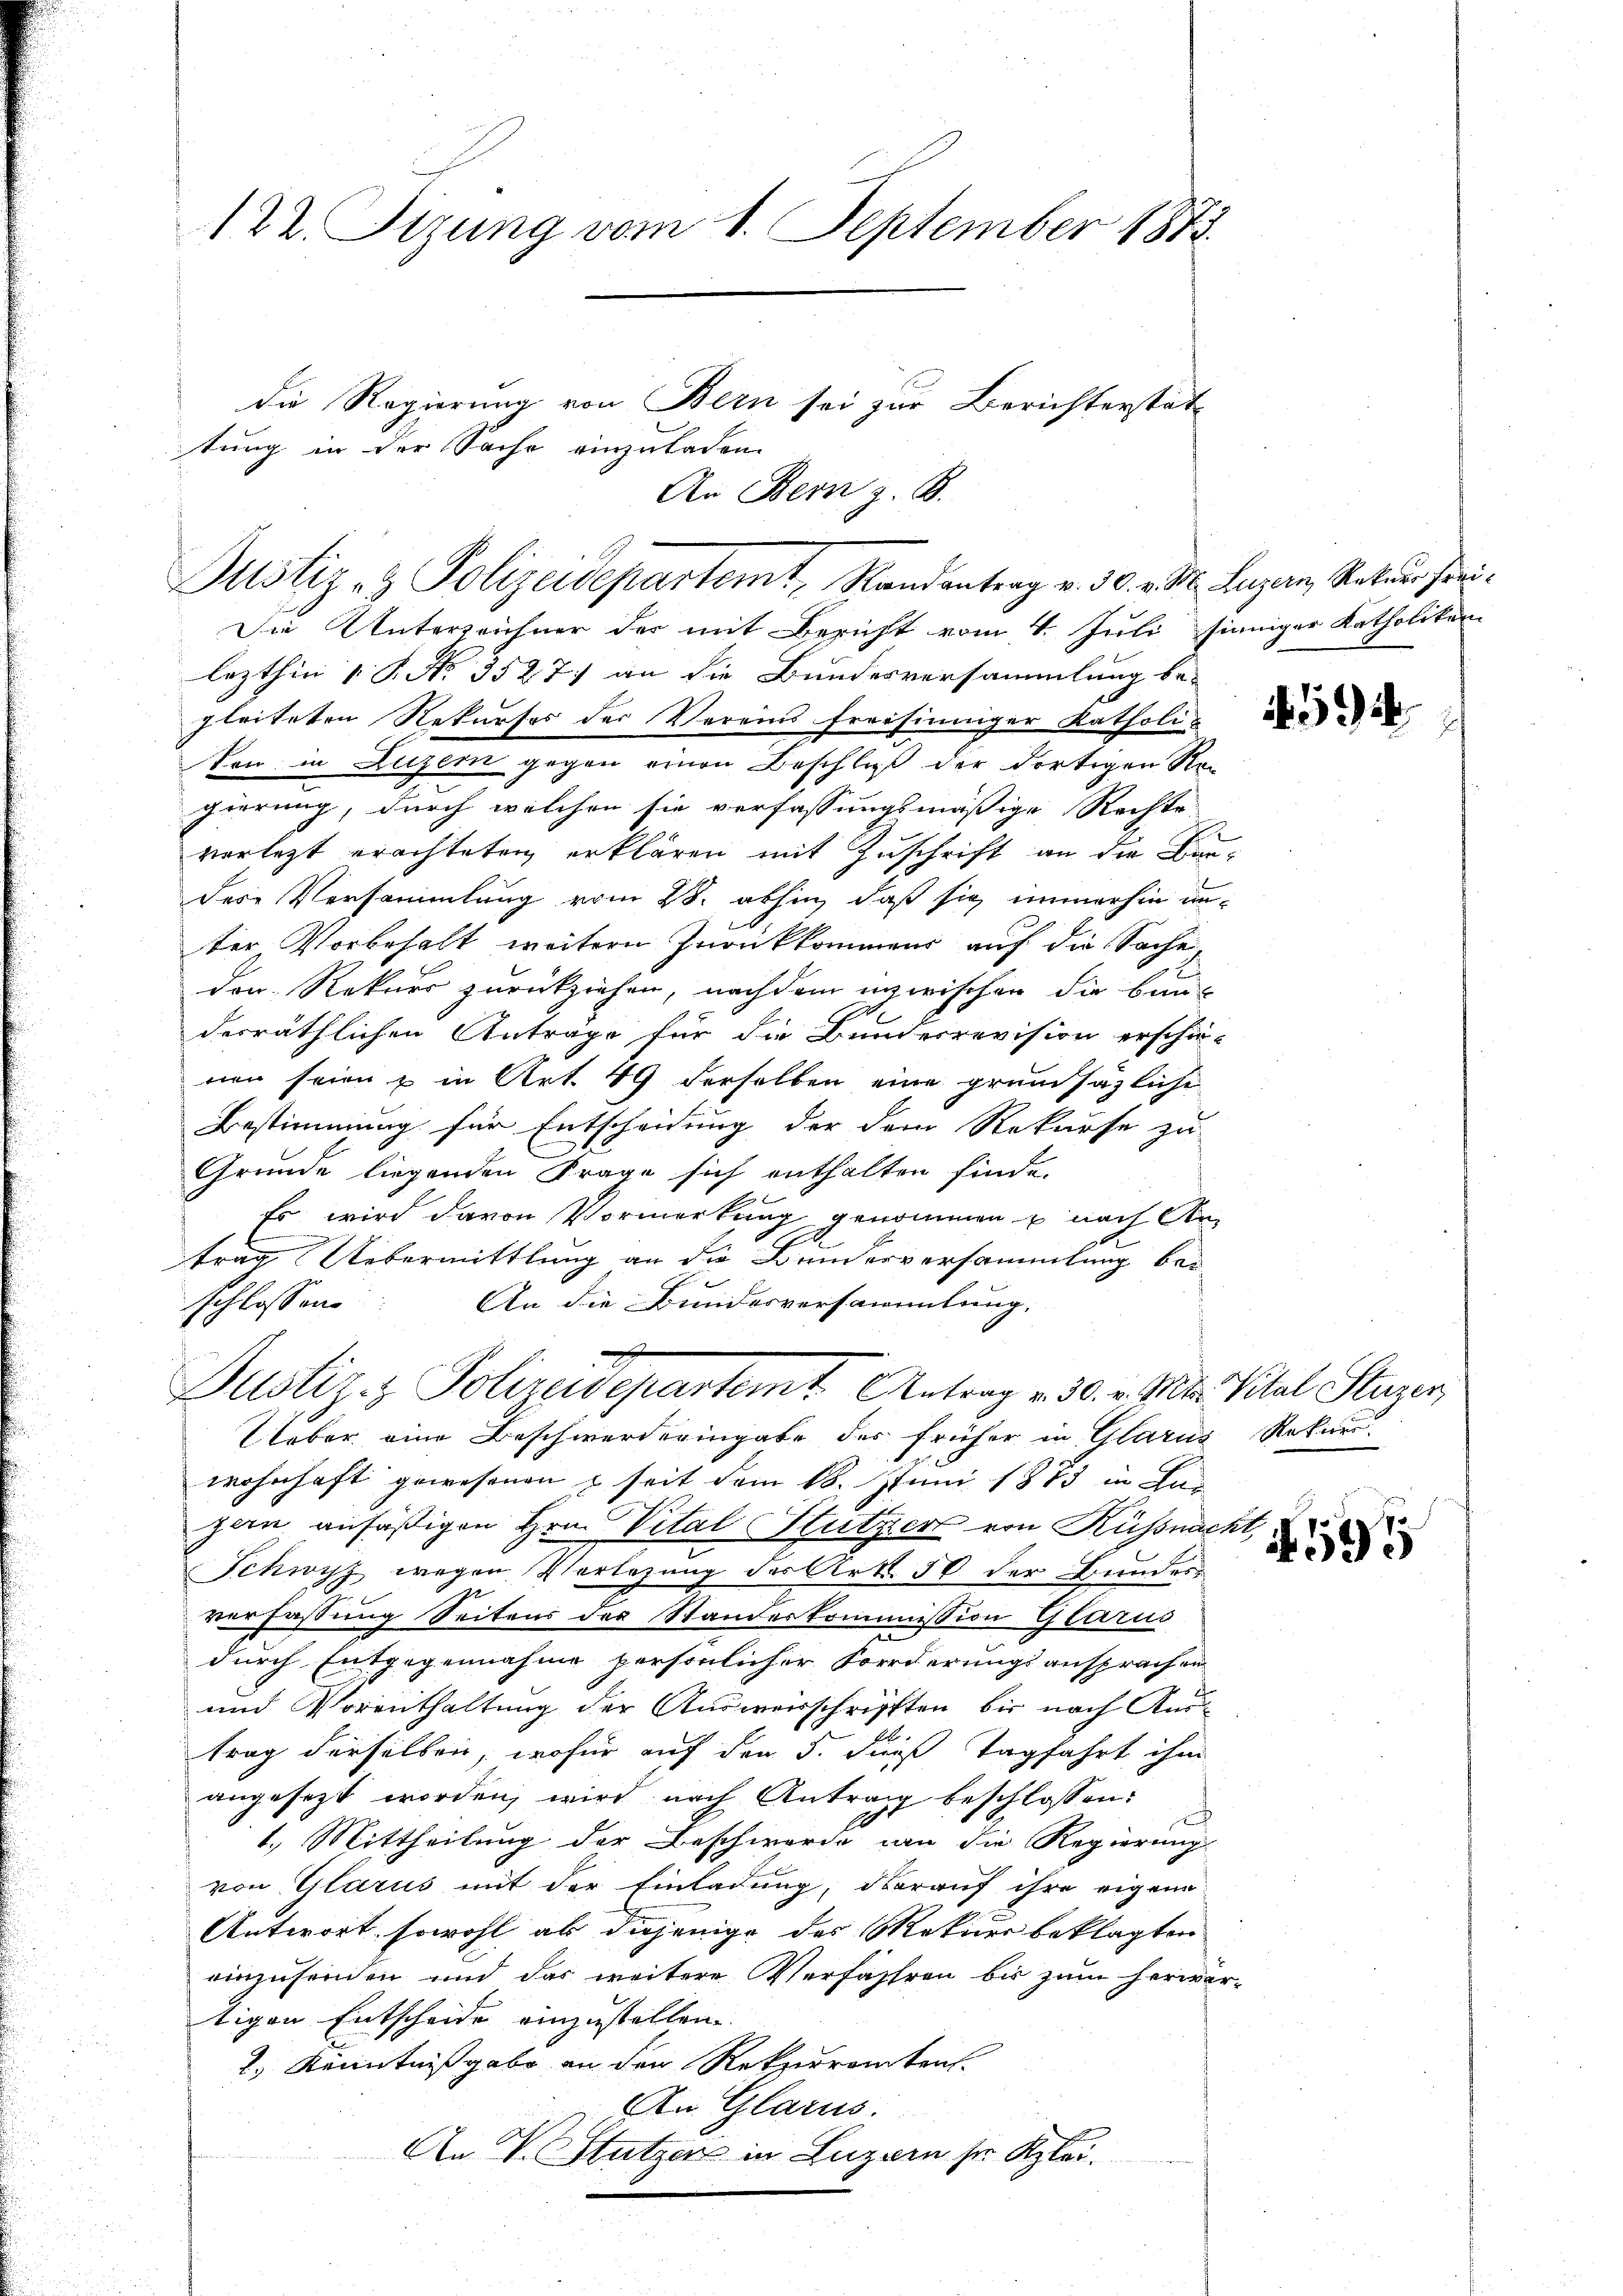
122. Sizung vom 1. September 1872.

tung in der Sache einzuladen.

die Regierung von Bern sei zur Berichterstat-
An Bern z. B.

Die Unterzeichner der mit Bericht vom 4. Juli sinniger Katholiken
lezthin 1 S. No. 3527) an die Bundesversammlung be-
gleiteten Rekursos der Vereins freisinniger katholisen in Luzern gegen einen Beschluß der dortigen Re-
gierung, durch welchen sie verfassungsmäßige Rechte
verletzt erachteten erklären mit Zuschrift an die Kindere Versammlung vom 28. abhin, daß sie immerhin unter Vorbehalt weitern Zurückkommens auf die Sache,
den Rekurs zurückziehen, nachdem inzwischen die binderräthlichen Anträge für die Bunderrevision erschie-
non seien & in Art. 49 derselben eine grunsägliche
Bestimmung für Entscheidung der dem Rekurse zu
Grunde liegenden Frage sich enthalten finde.
Es wird davon Vormerkung genommen u nach An
trag Uebermittlung an die Bunderversammlung bei
An die Bundesversammlung.
schlossen
Justiz- & Polizeidepartemt. Antrag v. 30. v. Mts. Vital Stuzer,
Ueber eine Beschwerderingabe des früher in Glarus Rekur
wohnhaft gewesenen & seit dem 18. Juni 1873 in Luzern anfäßigen Hrn. Vital Stutzer von Küssnacht,
Schwyz wegen Verlesung der Art. 56 der Bundes-
verfassung Seitens des Standeskommission Glarus
i
durch Entgegennahme persönlicher Forderungsansprachen
und Vorenthaltung der Ausweisschriften bis nach Austrag derselben, wofür auf den 5. dieß Tagfahrt ihm
angesezt worden, wird nach Antrag beschlossen:
1.) Mittheilung der Beschwerde an die Regierung
von Glarus mit der Einladung, darauf ihre eigene
Antwort, sowohl ab diejenige des Matuer beklagten
einzusenden und das weitere Verfahren bis zum herwertigen Entscheide einzustellen.
2.) Kenntnißgabe an den Rekurrenten.
An Glarus.
An V. Stutzer in Luzern sr Klei¬

Justiz- & Polizeidepartemt, Randantrag v. 30. v. M. Luzern Rateur Frei¬

59

594